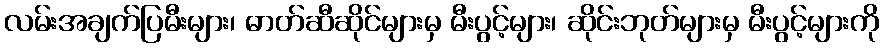
လမ်းအချက်ပြမီးများ၊ ဓာတ်ဆီဆိုင်များမှ မီးပွင့်များ၊ ဆိုင်းဘုတ်များမှ မီးပွင့်များကို